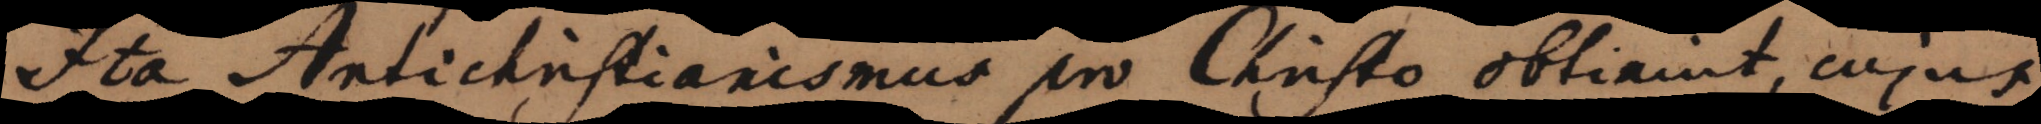
Ita Antichristianismus pro Christo obtinuit, cujus